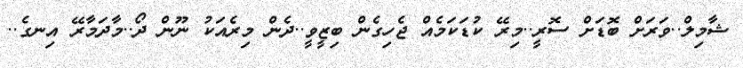
ޝާމިލް..ވަރަށް ބޮޑަށް ސޮރީ..މިރޭ ކުޑަކަމެއް ޖެހިގެން ބިޒީވީ..ދެން މިރެއަކު ނޫން ދޯ..މާދަމާރޭ އިނގެ..